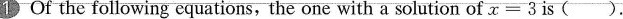
Of the following equations, the one with a solution of $$x = 3$$ is(). (A)" $$\frac{x-3}{2}+ \frac{x-2}{3}=1$$ (B)5(3-2x)=3(x+2) (c) $$x-4= \frac{1-x}{2}$$ (D) $$x- \frac{1-x}{2}=2$$